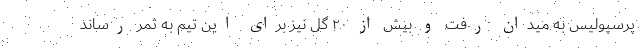
پرسپولیس به میدان رفت و بیش از ۲۰ گل نیز برای این تیم به ثمر رساند